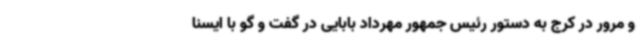
و مرور در کرج به دستور رئیس جمهور مهرداد بابایی در گفت و گو با ایسنا